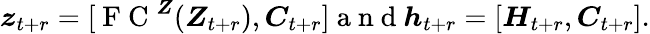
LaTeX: \boldsymbol z_{t+r}=[\mathrm{~F~C~}^{\boldsymbol Z}(\boldsymbol Z_{t+r}),\boldsymbol C_{t+r}]\mathrm{~a~n~d~}\boldsymbol h_{t+r}=[\boldsymbol H_{t+r},\boldsymbol C_{t+r}].